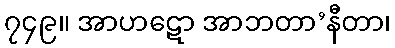
၇၄၉။ အာဟဋော အာဘတာ’နီတာ၊